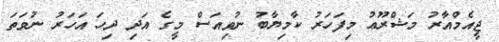
ޖީއެމްއާރު މަޝްރޫޢު މިފަހަރު ކާމިޔާބު ނުވިއަސް މީގެ އަދި ދިހަ އަހަރު ނުވަތަ